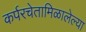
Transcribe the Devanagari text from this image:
कर्परचेतामिळालेल्या